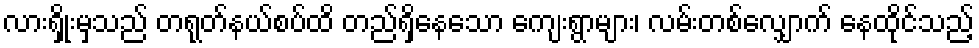
လားရှိုးမှသည် တရုတ်နယ်စပ်ထိ တည်ရှိနေသော ကျေးရွာများ၊ လမ်းတစ်လျှောက် နေထိုင်သည့်